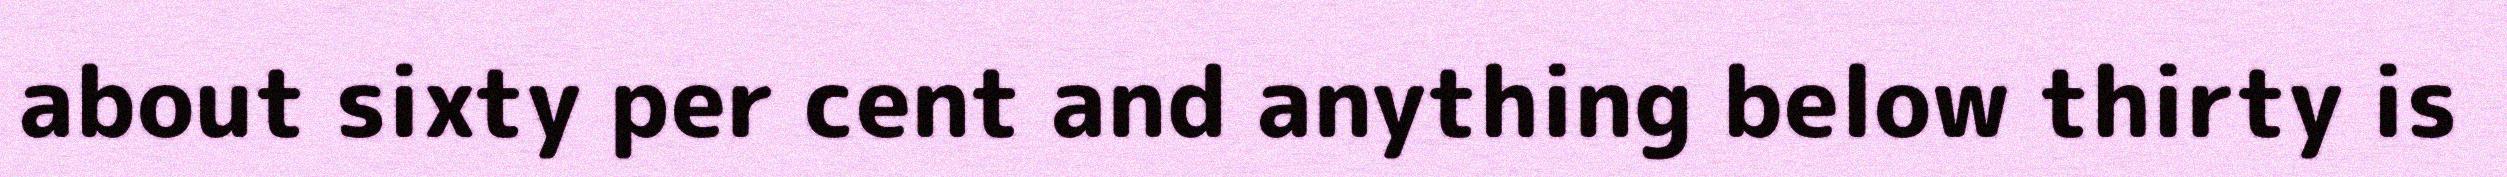
about sixty per cent and anything below thirty is